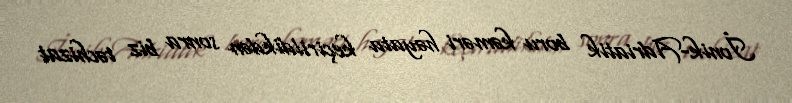
İonik-Adriatik boru kəməri həyata keçirildikdən sonra biz təchizat